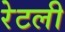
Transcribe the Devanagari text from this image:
रेटली